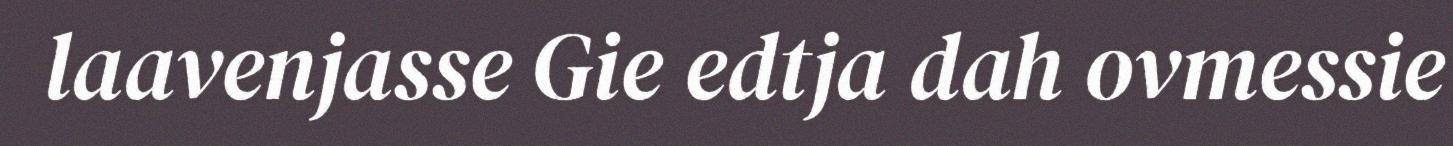
laavenjasse Gie edtja dah ovmessie